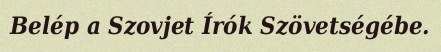
Belép a Szovjet Írók Szövetségébe.